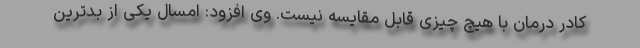
کادر درمان با هیچ چیزی قابل مقایسه نیست. وی افزود: امسال یکی از بدترین